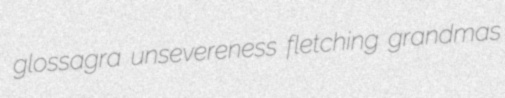
glossagra unsevereness fletching grandmas